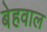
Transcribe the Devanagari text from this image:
बेहवाल